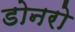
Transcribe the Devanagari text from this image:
डोनरो